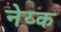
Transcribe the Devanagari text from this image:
नेय्क